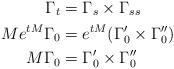
LaTeX: \begin{align*}\Gamma_{t} &= \Gamma_{s}\times\Gamma_{ss}\\Me^{tM}\Gamma_{0} &= e^{tM}(\Gamma_{0}'\times\Gamma_{0}'')\\M\Gamma_{0} &= \Gamma_{0}'\times\Gamma_{0}''\end{align*}